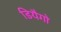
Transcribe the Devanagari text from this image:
डियैगो